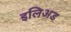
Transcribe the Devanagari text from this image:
इलिअड